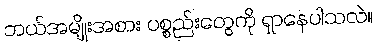
ဘယ်အမျိုးအစား ပစ္စည်းတွေကို ရှာနေပါသလဲ။